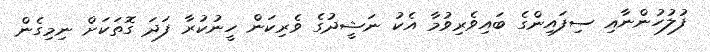
ފުލުހުންނާއި ސިފައިންގެ ބައިވެރިވުމާ އެކު ނަޝީދުގެ ވެރިކަން ހީނުކުރާ ފަދަ ގޮތަކަށް ނިމިގެން